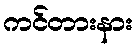
ကင်တားနား